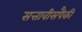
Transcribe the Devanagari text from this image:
सत्तावीसपैकी